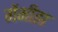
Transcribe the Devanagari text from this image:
गेंगीझ